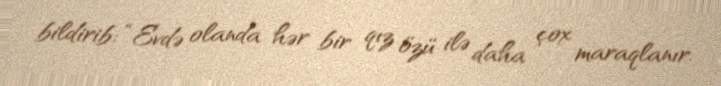
bildirib: “Evdə olanda hər bir qız özü ilə daha çox maraqlanır.